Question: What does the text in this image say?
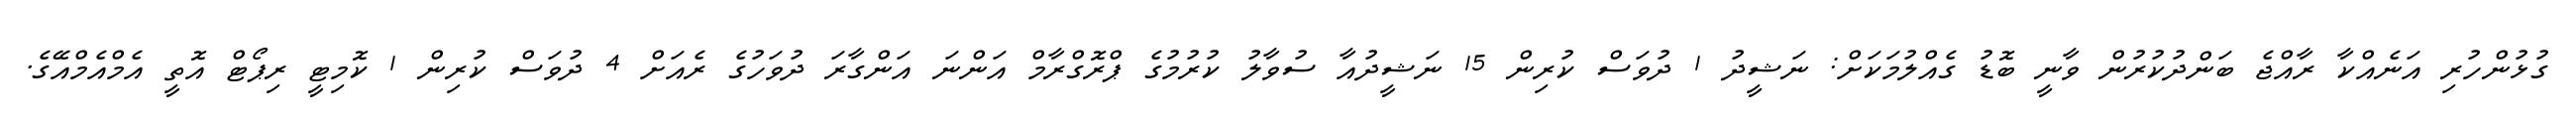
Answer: ގުޅުންހުރި އަނެއްކާ ރާއްޖެ ބަންދުކުރުން ވާނީ ބޮޑު ގެއްލުމަކަށް: ނަޝީދު 1 ދުވަސް ކުރިން 15 ނަޝީދުއާ ސުވާލު ކުރުމުގެ ޕްރޮގްރާމް އަންނަ އަންގާރަ ދުވަހުގެ ރެއަށް 4 ދުވަސް ކުރިން 1 ކޮމިޓީ ރިޕޯޓް އޮތީ އެމްއެމްއޭގެ.